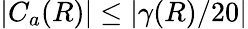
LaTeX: |C_{a}(R)|\leq|\gamma(R)/20|